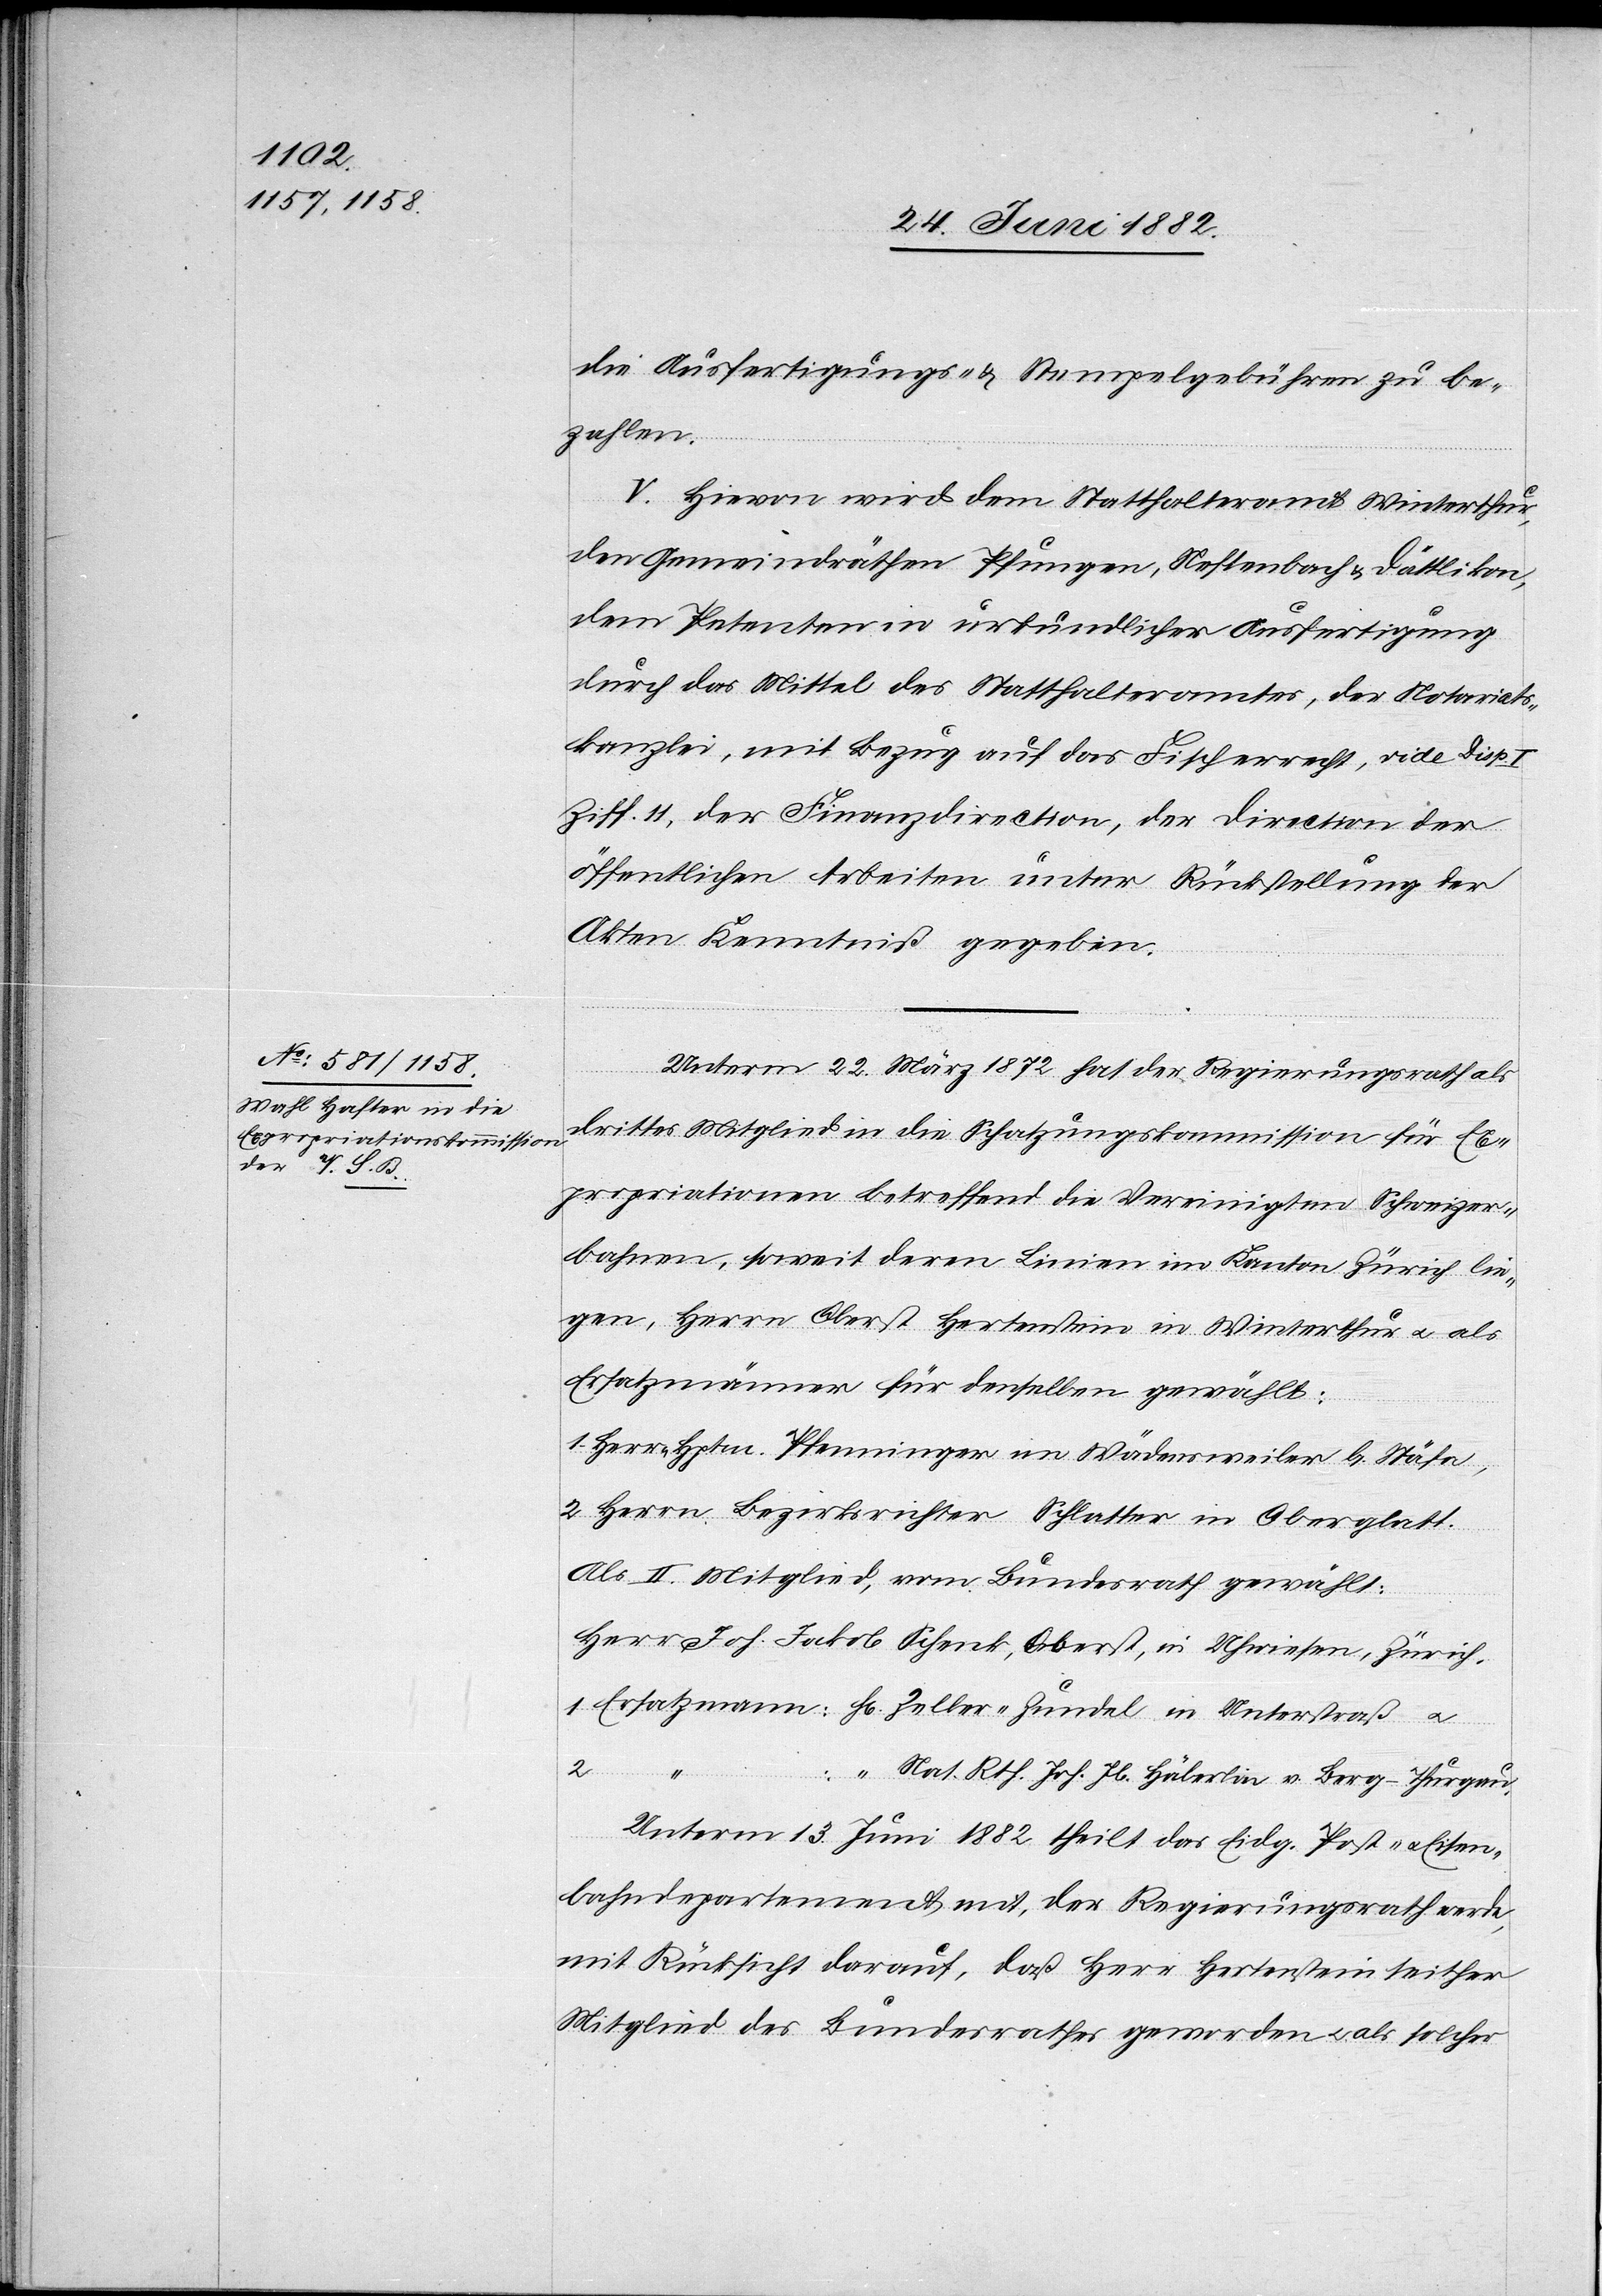
die Ausfertigungs- & Stempelgebühren zu be¬
zahlen.
V. Hievon wird dem Statthalteramt Winterthur,
den Gemeindräthen Pfungen, Neftenbach & Dättlikon,
dem Petenten in urkundlicher Ausfertigung
durch das Mittel des Statthalteramtes, der Notariats¬
kanzlei, mit Bezug auf das Fischerrecht, vide Disp.
Ziff. 11, der Finanzdirection, [&] der Direction der
öffentlichen Arbeiten unter Rückstellung der
Akten Kenntniß gegeben.
Unterm 22. März 1872 hat der Regierungsrath als
drittes Mitglied in die Schatzungskommission für Ex¬
propriationen betreffend die Vereinigten Schweizer¬
bahnen, soweit deren Linien im Kanton Zürich lie¬
gen, Herrn Oberst Hertenstein in Winterthur u. als
Ersatzmänner für denselben gewählt:
1. Herr Hptm. Pfenninger im Wädensweiler b. Stäfa,
2. Herr Bezirksrichter Schlatter in Oberglatt.
Als II. Mitglied, vom Bundesrath gewählt:
Herr Joh. Jakob Schenk, Oberst, in Uhwiesen, Zürich.
1. Ersatzmann: Hr. Zeller-Zundel in Unterstraß u.
2.
“ Nat. Rth. Joh. Jb. Häberlin v. Berg - Thurgau.
Unterm 13. Juni 1882 theilt das Eidg. Post- u. Eisen¬
bahndepartement mit, der Regierungsrath werde,
mit Rücksicht darauf, daß Herr Hertenstein seither
Mitglied des Bundesrathes geworden u. als solcher